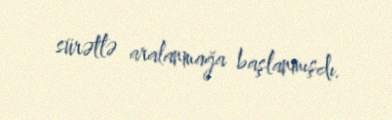
sürətlə aralanmağa başlanmışdı.